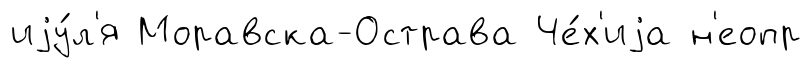
иjу́л'я Моравска-Острава Че́х'иjа н'еопр